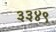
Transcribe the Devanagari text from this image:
३३४९